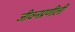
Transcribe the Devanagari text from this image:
जीवनप्रणीली